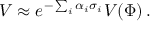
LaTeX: V \approx e ^ { - \sum _ { i } \alpha _ { i } \sigma _ { i } } V ( \Phi ) \, .